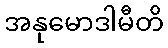
အနုမောဒါမီတိ